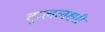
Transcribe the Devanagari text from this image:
कुललक्ष्मी